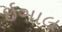
ઇગાલ